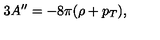
3 A ^ { \prime \prime } = - 8 \pi ( \rho + p _ { T } ) ,